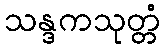
သန္ဒကသုတ္တံ